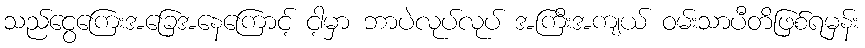
သည်ငွေကြေးအခြေအနေကြောင့် ငါ့မှာ ဘာပဲလုပ်လုပ် အကြီးအကျယ် ဝမ်းသာပီတိဖြစ်ရမှန်း